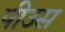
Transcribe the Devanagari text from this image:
पीउस